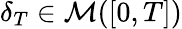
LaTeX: \delta_{T}\in\mathcal{M}([0,T])